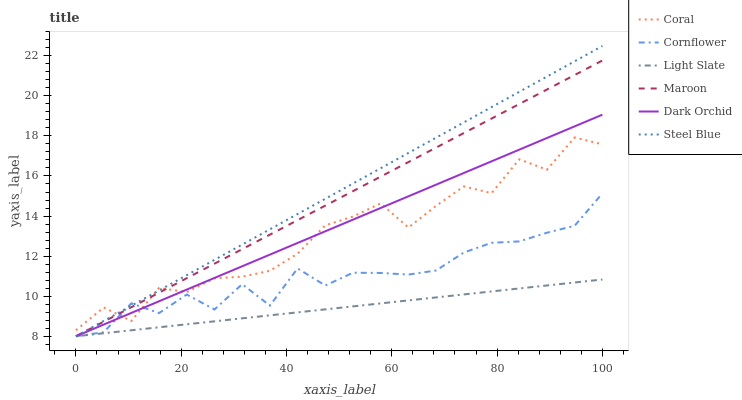
| xaxis_label | Coral | Cornflower | Light Slate | Maroon | Dark Orchid | Steel Blue |
 | --- | --- | --- | --- | --- | --- | --- |
 | 0 | 8.3 | 8 | 8 | 8 | 8 | 8 |
 | 5.26 | 9.44 | 8.2 | 8.15 | 8.72 | 8.58 | 8.76 |
 | 10.5 | 8.76 | 9.64 | 8.3 | 9.45 | 9.16 | 9.53 |
 | 15.8 | 10.4 | 9.16 | 8.45 | 10.2 | 9.75 | 10.3 |
 | 21.1 | 10.2 | 10.1 | 8.6 | 10.9 | 10.3 | 11.1 |
 | 26.3 | 10.9 | 9.34 | 8.75 | 11.6 | 10.9 | 11.8 |
 | 31.6 | 11 | 10.6 | 8.89 | 12.3 | 11.5 | 12.6 |
 | 36.8 | 11.3 | 9.53 | 9.04 | 13.1 | 12.1 | 13.3 |
 | 42.1 | 12.1 | 11.4 | 9.19 | 13.8 | 12.7 | 14.1 |
 | 47.4 | 13.5 | 10.5 | 9.34 | 14.5 | 13.2 | 14.9 |
 | 52.6 | 14 | 11.2 | 9.49 | 15.2 | 13.8 | 15.6 |
 | 57.9 | 14.6 | 11.2 | 9.64 | 16 | 14.4 | 16.4 |
 | 63.2 | 13.4 | 11.1 | 9.79 | 16.7 | 15 | 17.2 |
 | 68.4 | 14.5 | 11.3 | 9.94 | 17.4 | 15.6 | 17.9 |
 | 73.7 | 15.5 | 12.2 | 10.1 | 18.1 | 16.1 | 18.7 |
 | 78.9 | 15.1 | 12.7 | 10.2 | 18.9 | 16.7 | 19.4 |
 | 84.2 | 16.8 | 12.7 | 10.4 | 19.6 | 17.3 | 20.2 |
 | 89.5 | 16.3 | 13.2 | 10.5 | 20.3 | 17.9 | 21 |
 | 94.7 | 17.9 | 13.5 | 10.7 | 21 | 18.5 | 21.7 |
 | 100 | 17.6 | 15.1 | 10.8 | 21.8 | 19.1 | 22.5 |